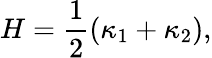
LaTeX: H=\frac{1}{2}(\kappa_{1}+\kappa_{2}),